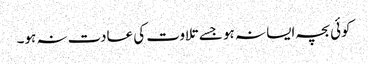
کوئی بچہ ایسا نہ ہو جسے تلاوت کی عادت نہ ہو۔